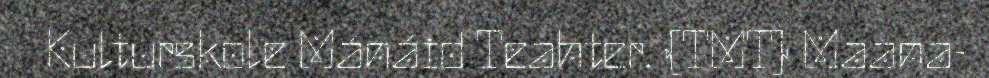
Kulturskole Mánáid Teahter. (TMT) Maana-